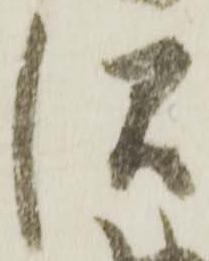
沢